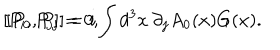
LaTeX: [ P _ { i } , P _ { j } ] = 0 , \hspace { 1 i n } [ P _ { 0 } , P _ { j } ] = i \int d ^ { 3 } x \: \partial _ { j } A _ { 0 } ( x ) G ( x ) .